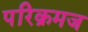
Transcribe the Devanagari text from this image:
परिक्रमज